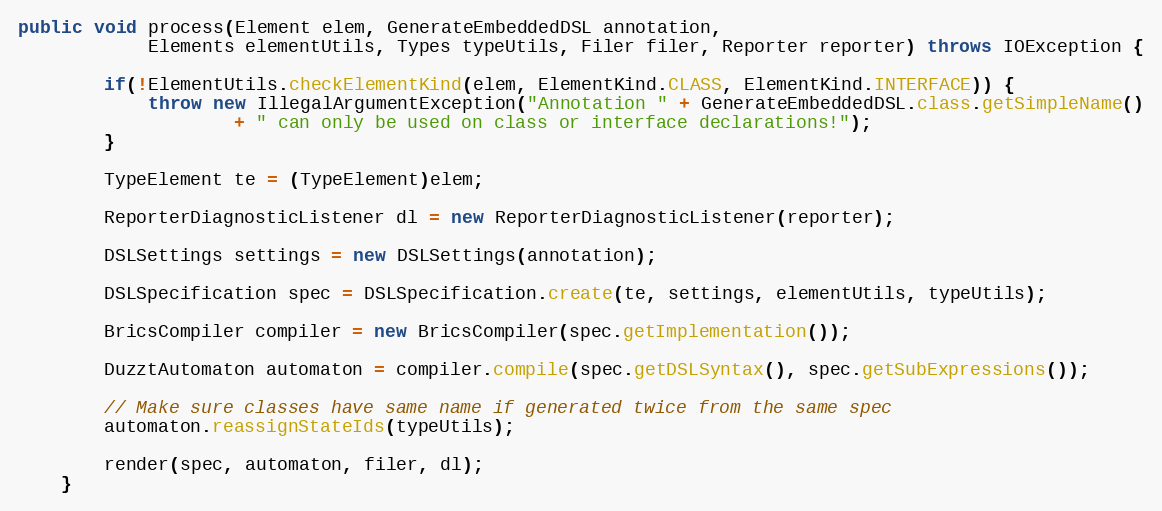
Language: Java
public void process(Element elem, GenerateEmbeddedDSL annotation,
			Elements elementUtils, Types typeUtils, Filer filer, Reporter reporter) throws IOException {

		if(!ElementUtils.checkElementKind(elem, ElementKind.CLASS, ElementKind.INTERFACE)) {
			throw new IllegalArgumentException("Annotation " + GenerateEmbeddedDSL.class.getSimpleName()
					+ " can only be used on class or interface declarations!");
		}

		TypeElement te = (TypeElement)elem;

		ReporterDiagnosticListener dl = new ReporterDiagnosticListener(reporter);

		DSLSettings settings = new DSLSettings(annotation);

		DSLSpecification spec = DSLSpecification.create(te, settings, elementUtils, typeUtils);

		BricsCompiler compiler = new BricsCompiler(spec.getImplementation());

		DuzztAutomaton automaton = compiler.compile(spec.getDSLSyntax(), spec.getSubExpressions());

		// Make sure classes have same name if generated twice from the same spec
		automaton.reassignStateIds(typeUtils);

		render(spec, automaton, filer, dl);
	}